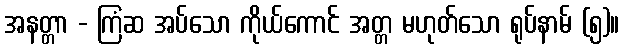
အနတ္တာ - ကြံဆ အပ်သော ကိုယ်ကောင် အတ္တ မဟုတ်သော ရုပ်နာမ် (၅)။